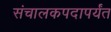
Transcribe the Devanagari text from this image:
संचालकपदापर्यंत